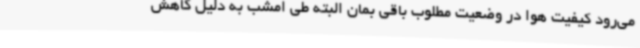
می‌رود کیفیت هوا در وضعیت مطلوب باقی بمان البته طی امشب به دلیل کاهش